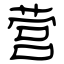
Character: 营